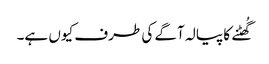
گُھٹنے کا پیالہ آگے کی طرف کیوں ہے۔